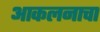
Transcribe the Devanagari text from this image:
आकलनाचा